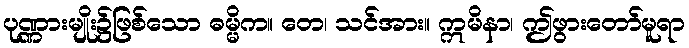
ပုဏ္ဏားမျိုး၌ဖြစ်သော ဓမ္မိက။ တေ၊ သင်အား။ ဣမိနာ၊ ဤဖွားတော်မူရာ